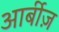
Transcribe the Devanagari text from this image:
आर्बीज़